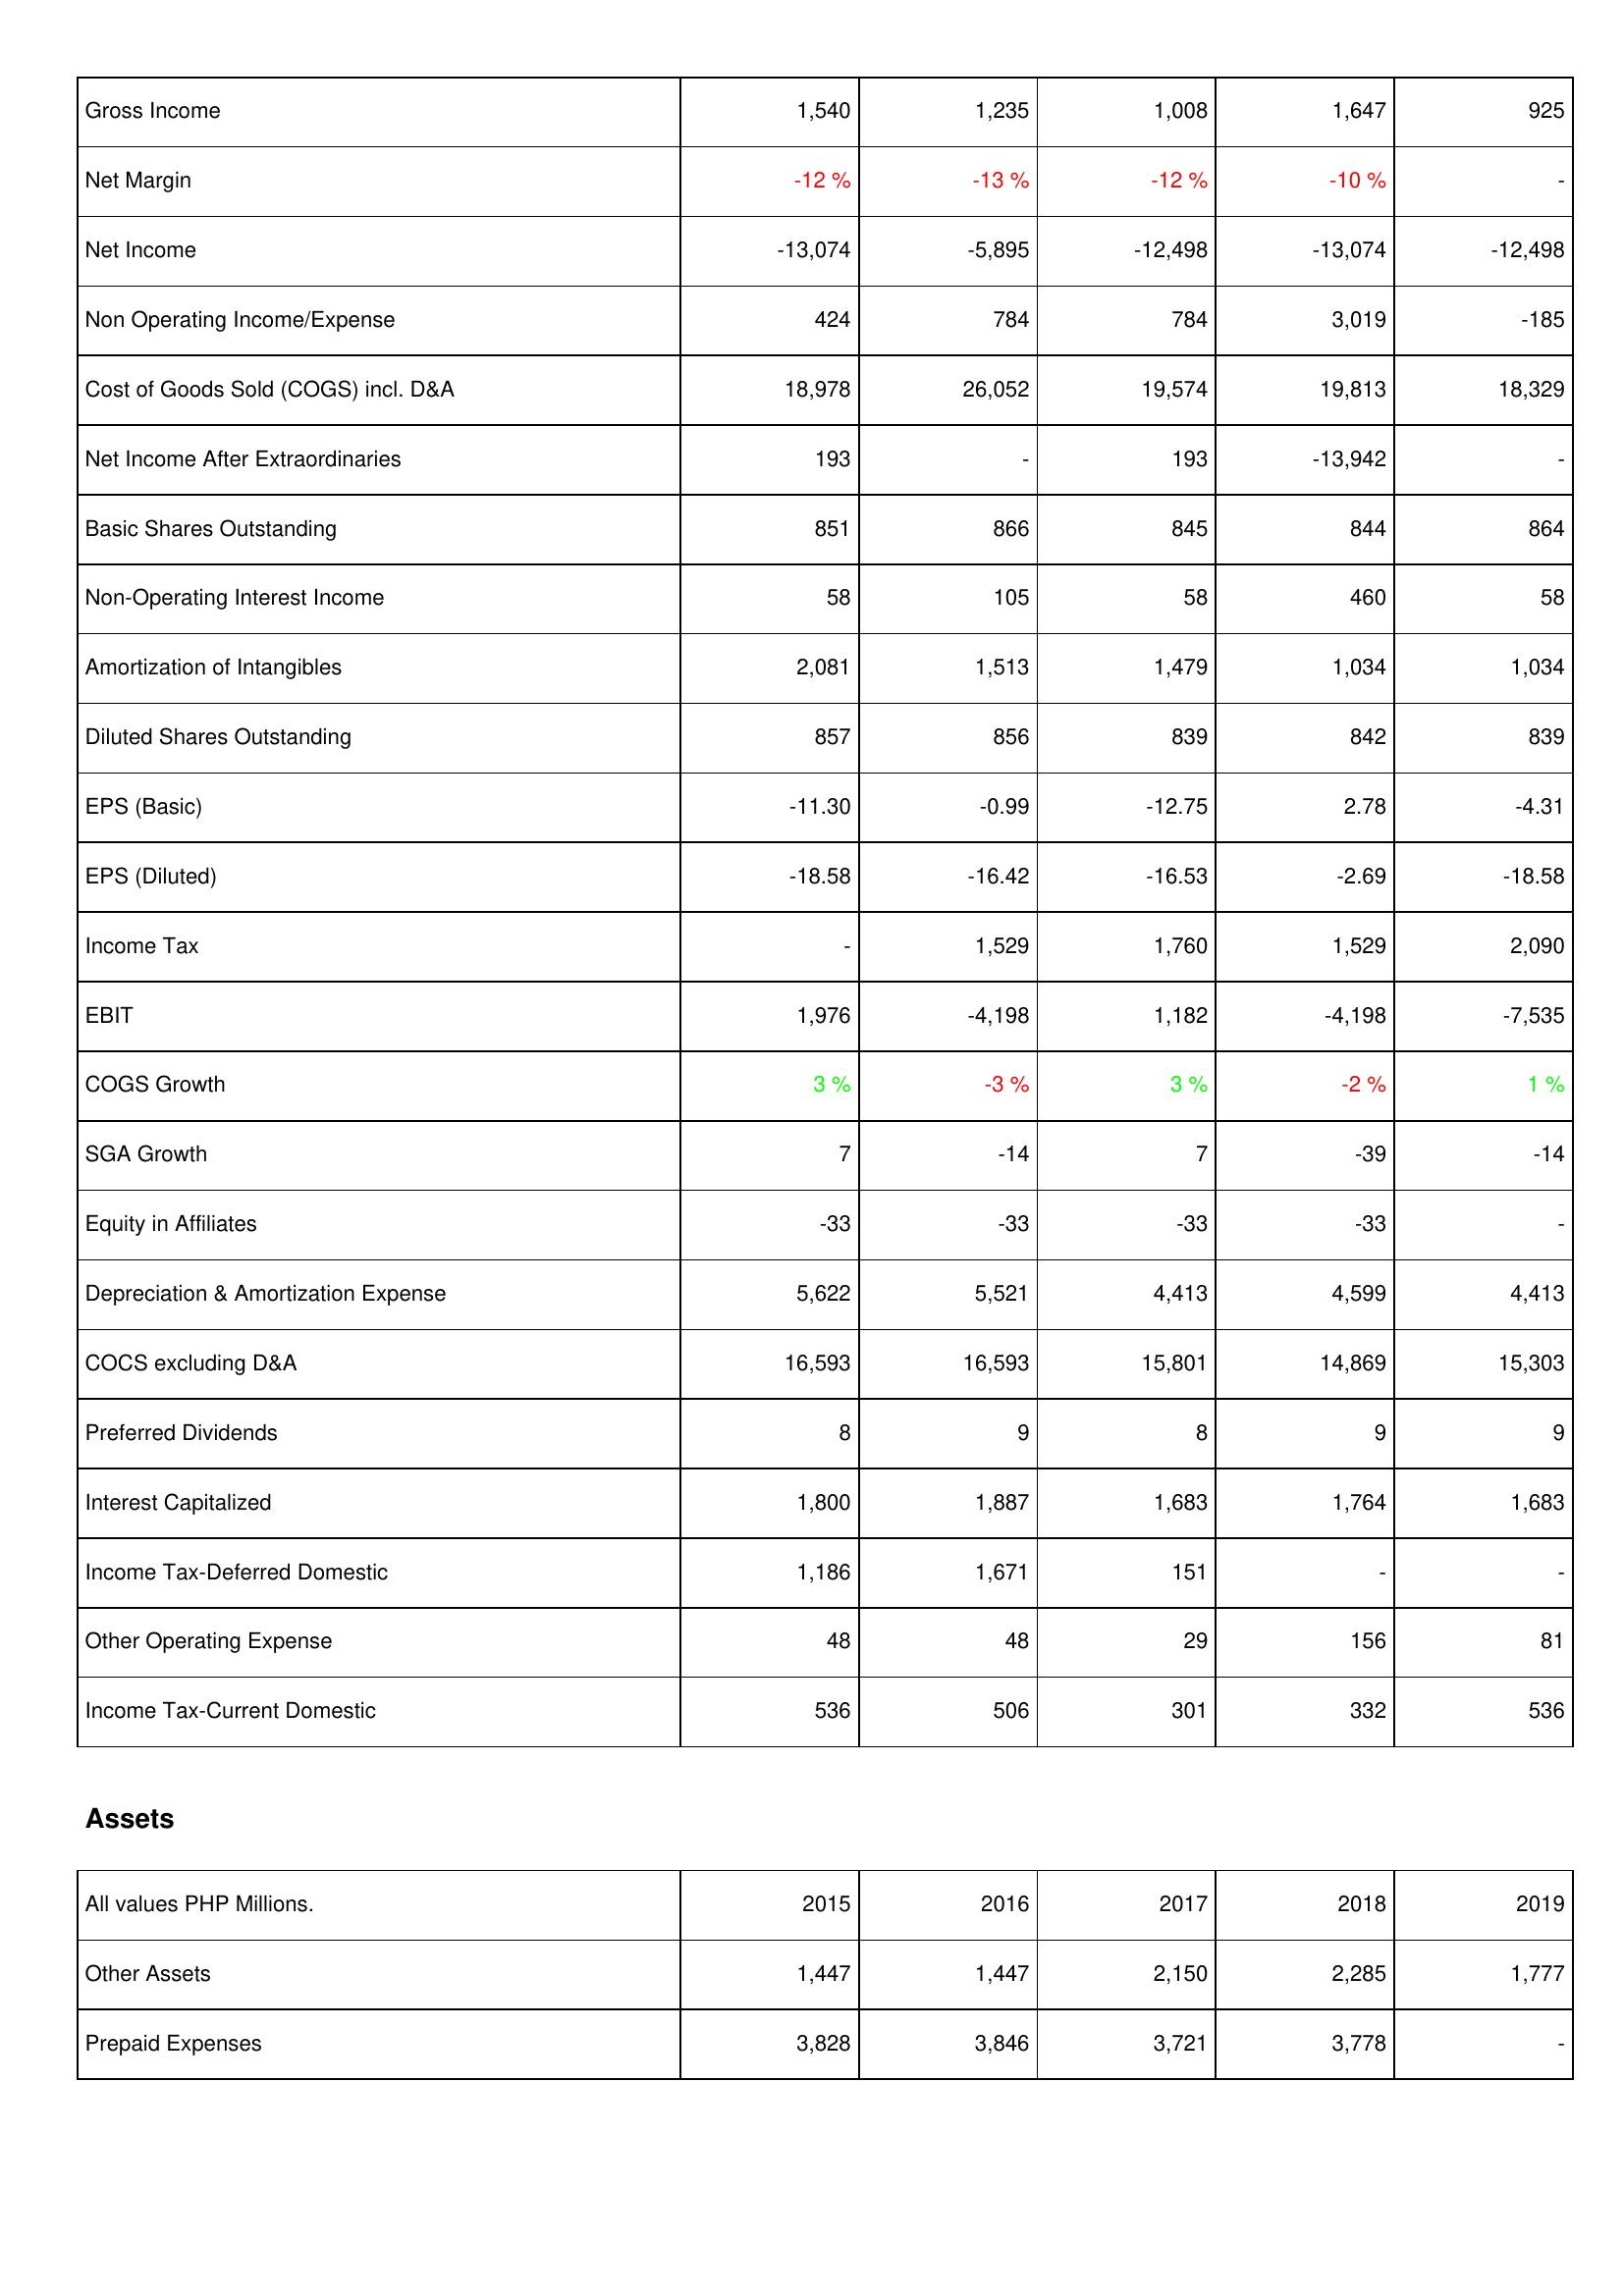
2015: Income Statement: Gross Income: 1,540
Net Margin: -12 %
Net Income: -13,074
Non Operating Income/Expense: 424
Cost of Goods Sold (COGS) incl. D&A: 18,978
Net Income After Extraordinaries: 193
Basic Shares Outstanding: 851
Non-Operating Interest Income: 58
Amortization of Intangibles: 2,081
Diluted Shares Outstanding: 857
EPS (Basic): -11.30
EPS (Diluted): -18.58
Income Tax: -
EBIT: 1,976
COGS Growth: 3 %
SGA Growth: 7
Equity in Affiliates: -33
Depreciation & Amortization Expense: 5,622
COCS excluding D&A: 16,593
Preferred Dividends: 8
Interest Capitalized: 1,800
Income Tax-Deferred Domestic: 1,186
Other Operating Expense: 48
Income Tax-Current Domestic: 536
Assets: Other Assets: 1,447
Prepaid Expenses: 3,828
2016: Income Statement: Gross Income: 1,235
Net Margin: -13 %
Net Income: -5,895
Non Operating Income/Expense: 784
Cost of Goods Sold (COGS) incl. D&A: 26,052
Net Income After Extraordinaries: -
Basic Shares Outstanding: 866
Non-Operating Interest Income: 105
Amortization of Intangibles: 1,513
Diluted Shares Outstanding: 856
EPS (Basic): -0.99
EPS (Diluted): -16.42
Income Tax: 1,529
EBIT: -4,198
COGS Growth: -3 %
SGA Growth: -14
Equity in Affiliates: -33
Depreciation & Amortization Expense: 5,521
COCS excluding D&A: 16,593
Preferred Dividends: 9
Interest Capitalized: 1,887
Income Tax-Deferred Domestic: 1,671
Other Operating Expense: 48
Income Tax-Current Domestic: 506
Assets: Other Assets: 1,447
Prepaid Expenses: 3,846
2017: Income Statement: Gross Income: 1,008
Net Margin: -12 %
Net Income: -12,498
Non Operating Income/Expense: 784
Cost of Goods Sold (COGS) incl. D&A: 19,574
Net Income After Extraordinaries: 193
Basic Shares Outstanding: 845
Non-Operating Interest Income: 58
Amortization of Intangibles: 1,479
Diluted Shares Outstanding: 839
EPS (Basic): -12.75
EPS (Diluted): -16.53
Income Tax: 1,760
EBIT: 1,182
COGS Growth: 3 %
SGA Growth: 7
Equity in Affiliates: -33
Depreciation & Amortization Expense: 4,413
COCS excluding D&A: 15,801
Preferred Dividends: 8
Interest Capitalized: 1,683
Income Tax-Deferred Domestic: 151
Other Operating Expense: 29
Income Tax-Current Domestic: 301
Assets: Other Assets: 2,150
Prepaid Expenses: 3,721
2018: Income Statement: Gross Income: 1,647
Net Margin: -10 %
Net Income: -13,074
Non Operating Income/Expense: 3,019
Cost of Goods Sold (COGS) incl. D&A: 19,813
Net Income After Extraordinaries: -13,942
Basic Shares Outstanding: 844
Non-Operating Interest Income: 460
Amortization of Intangibles: 1,034
Diluted Shares Outstanding: 842
EPS (Basic): 2.78
EPS (Diluted): -2.69
Income Tax: 1,529
EBIT: -4,198
COGS Growth: -2 %
SGA Growth: -39
Equity in Affiliates: -33
Depreciation & Amortization Expense: 4,599
COCS excluding D&A: 14,869
Preferred Dividends: 9
Interest Capitalized: 1,764
Income Tax-Deferred Domestic: -
Other Operating Expense: 156
Income Tax-Current Domestic: 332
Assets: Other Assets: 2,285
Prepaid Expenses: 3,778
2019: Income Statement: Gross Income: 925
Net Margin: -
Net Income: -12,498
Non Operating Income/Expense: -185
Cost of Goods Sold (COGS) incl. D&A: 18,329
Net Income After Extraordinaries: -
Basic Shares Outstanding: 864
Non-Operating Interest Income: 58
Amortization of Intangibles: 1,034
Diluted Shares Outstanding: 839
EPS (Basic): -4.31
EPS (Diluted): -18.58
Income Tax: 2,090
EBIT: -7,535
COGS Growth: 1 %
SGA Growth: -14
Equity in Affiliates: -
Depreciation & Amortization Expense: 4,413
COCS excluding D&A: 15,303
Preferred Dividends: 9
Interest Capitalized: 1,683
Income Tax-Deferred Domestic: -
Other Operating Expense: 81
Income Tax-Current Domestic: 536
Assets: Other Assets: 1,777
Prepaid Expenses: -